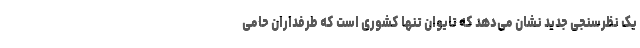
یک نظرسنجی جدید نشان می‌دهد که تایوان تنها کشوری است که طرفداران حامی